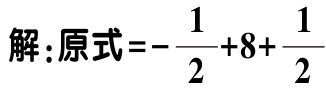
解：原式\(=-\dfrac{1}{2}+8+\dfrac{1}{2}\)